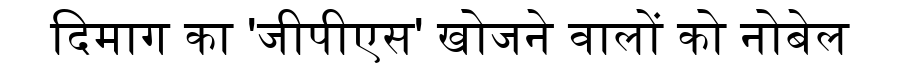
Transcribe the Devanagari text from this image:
दिमाग का 'जीपीएस' खोजने वालों को नोबेल